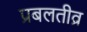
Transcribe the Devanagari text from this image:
प्रबलतीव्र